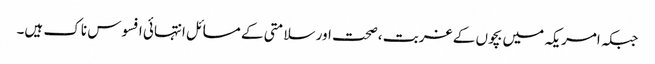
جبکہ امریکہ میں بچوں کے غربت ،صحت اور سلامتی کے مسائل انتہائی افسوس ناک ہیں۔